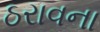
ઠરાવના